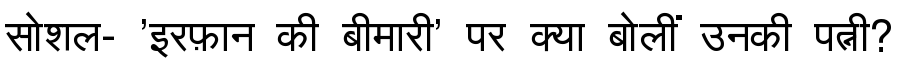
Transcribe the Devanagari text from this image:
सोशल- 'इरफ़ान की बीमारी' पर क्या बोलीं उनकी पत्नी?